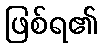
ဖြစ်ရ၏